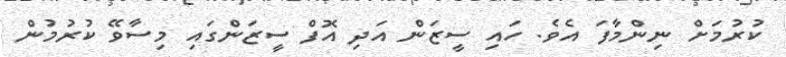
ކުރުމަށް ނިންމާފަ އެވެ. ހައި ސީޒަން އަދި އޮފް ސީޒަންގައި މިސާވޭ ކުރުމުން